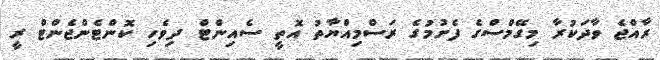
ރާއްޖެ ވާދަކުރާ މިގޭމްސްގެ ފެށުމުގެ ރަސްމިއްޔާތު އޮތީ ސެއިންޓް ދިވެހި ކޮންޓެންޖެންޓް ރީ